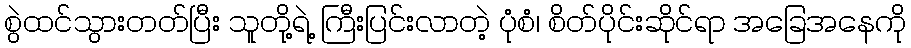
စွဲထင်သွားတတ်ပြီး သူတို့ရဲ့ ကြီးပြင်းလာတဲ့ ပုံစံ၊ စိတ်ပိုင်းဆိုင်ရာ အခြေအနေကို